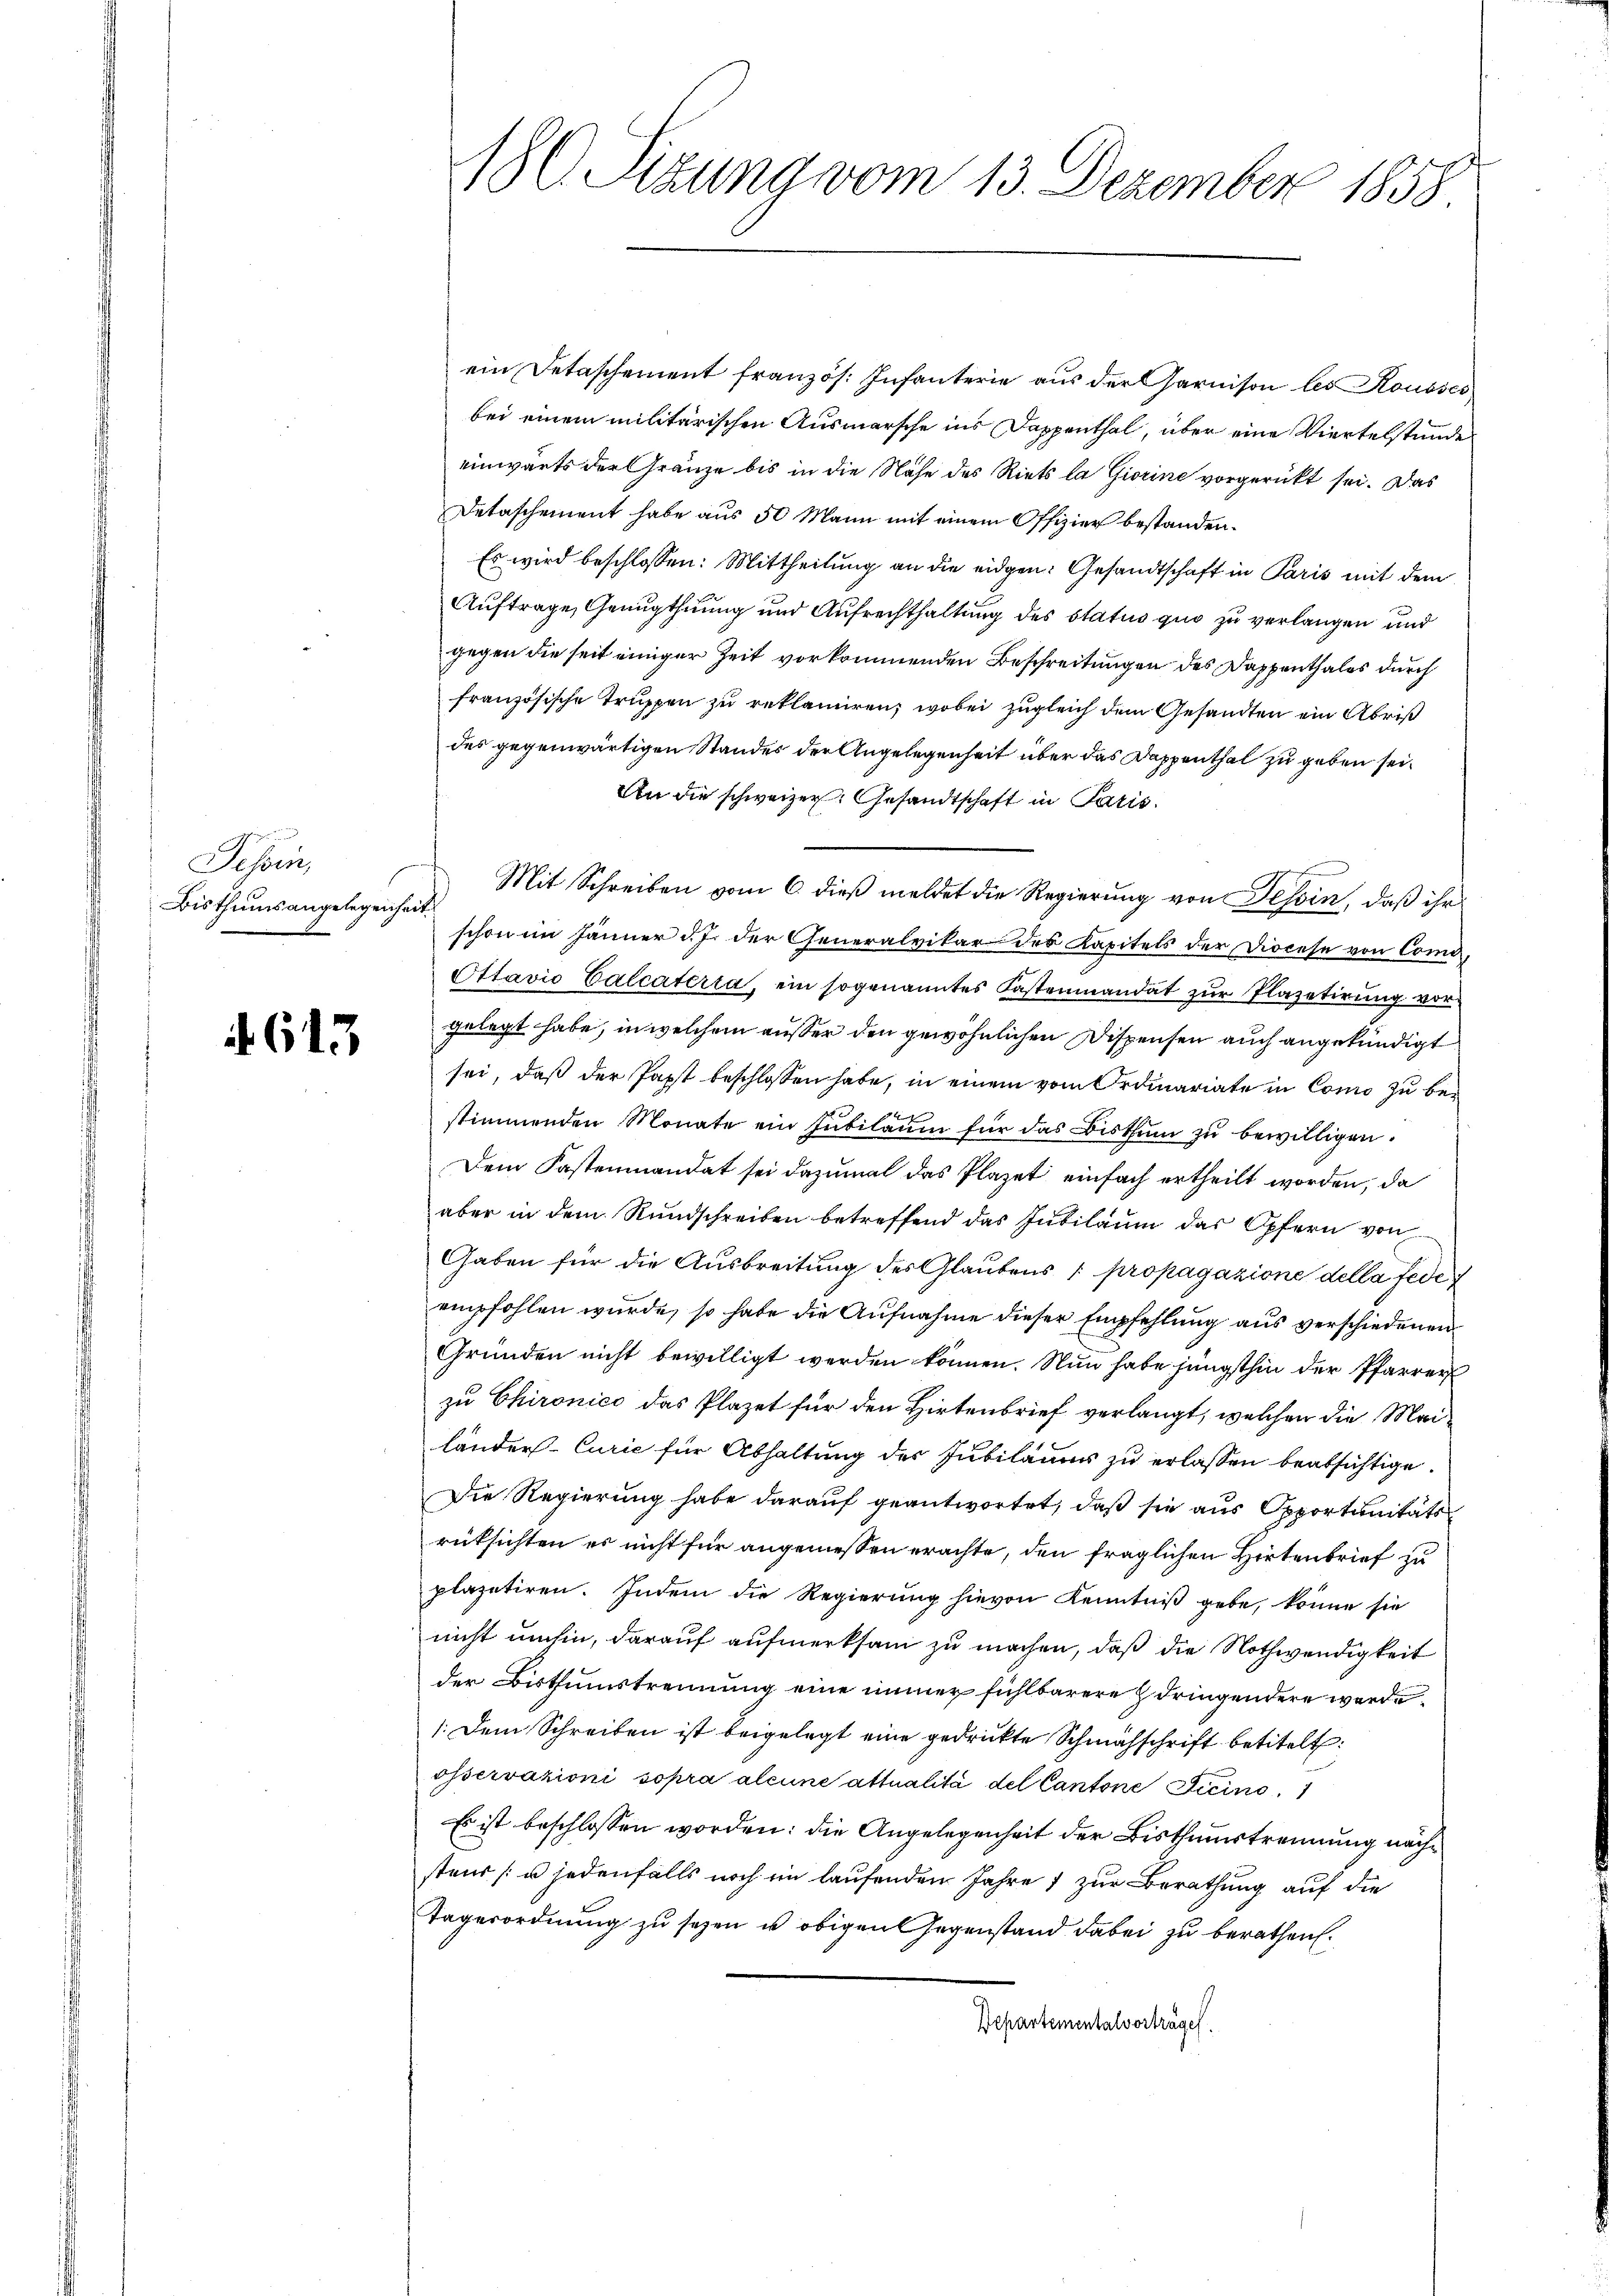
Tessin,
Bisthums angelegenheit

613

ein Detaschement französ. Infanterie aus der Garnison les Rousses
bei einem militärischen Ausmarsche ins Dappenthal, über eine Viertelstunde
einwärts der Gränze bis in die Nähe des Riets la Giorine vorgerückt sei. Das
Detaschement habe aus 50 Mann mit einem Offizier bestanden.
Es wird beschlossen: Mittheilung an die eidgen: Gesandtschaft in Paris mit dem
Auftrage, Genugthuung und Aufrechthaltung des Status quo zu verlangen und
gegen die seit einiger Zeit vorkommenden Beschreitungen des Dappenthales durch
französische Truppen zu reklamiren; wobei zugleich dem Gesandten ein Abris
des gegenwärtigen Standes der Angelegenheit über das Dappenthal zu geben sei.
An die schweizer Gesandtschaft in Paris
Mit Schreiben vom 6. dieß meldet die Regierung von Tessin, daß ihr
schon im Jänner d. J. der Generalvikar des Kapitels der Diocese von Comdi¬
Ottavio Calcateria, ein sogenanntes Kastenmandat zur Plazetirung vorgelegt habe, in welchem ausser den gewöhnlichen Dispensen auch angekündigt
sei, daß der Papst beschlossen habe, in einem vom Ordinariate in Como zu bestimmenden Monate ein Intilaŭm für das Bisthum zu bewilligen.
Dem Kastenmandat sei dazumal das Plazet einfach ertheilt worden, da
aber in dem Rundschreiben betreffend das Jubiläum das Opfern von
Gaben für die Ausbreitung des Glaubens propagazione della fede
empfohlen wurde, so habe die Aufnahme dieser Empfehlung aus verschiedenen
Gründen nicht bewilligt werden können. Nun habe jüngsthin der Pfarrer
zu Chironico das Plazet für den Hirtenbrief verlangt, welchen die Mailänder Curie für Abhaltung der Jubiläums zu erlassen beabsichtige.
Die Regierung habe darauf geantwortet, daß sie aus Opportunitäts
rücksichten es nicht für angemessen erachte, den fraglichen Hirtenbrief zu
plazetiren. Indem die Regierŭng hievon Kenntniβ gebe, könne sie
nicht umhin, darauf aufmerksam zu machen, daß die Nothwendigkeit
der Bisthumstrennung eine immer fühlbarere dringendere werde
1. Dem Schreiben ist beigelegt eine gedruckte Schmähschrift betitelt:
osservazioni sopra alcune attualità del Cantone dicino
Es ist beschlossen worden: die Angelegenheit der Bisthumstrennung nächstens u jedenfalls noch im laufenden Jahre 1 zur Berathung auf die
Tagesordnung zu seyen u obigen Gegenstand dabei zu berathen.
Departementalvorträge.

180. Sizung vom 13. Dezember 1858